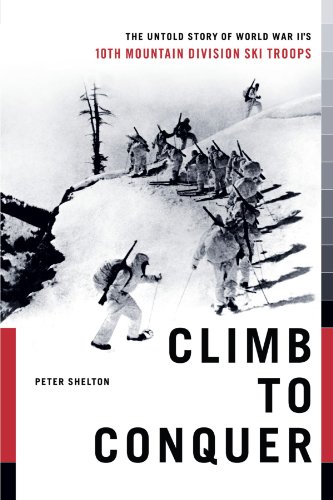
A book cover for Climb to Conquer: The Untold Story of WWII's 10th Mountain Division; Peter Shelton; Sports & Outdoors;